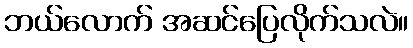
ဘယ်လောက် အဆင်ပြေလိုက်သလဲ။